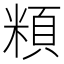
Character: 頪